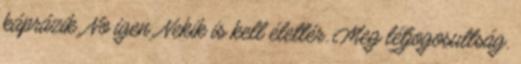
káprázik. No igen. Nekik is kell élettér. Meg létjogosultság.